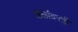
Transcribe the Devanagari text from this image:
तळांवरही